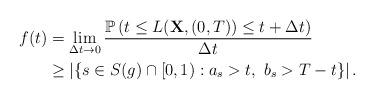
LaTeX: \begin{align*}f(t)&=\lim_{\Delta t\to 0}\frac{ \mathbb P\left(t\leq L(\mathbf{X},(0,T))\leq t+\Delta t \right)}{\Delta t}\\&\geq \left| \{s\in S(g)\cap [0,1): a_s> t, ~b_s> T-t\}\right|.\end{align*}